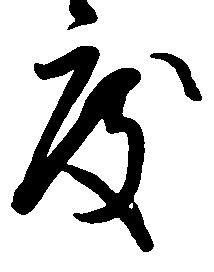
度